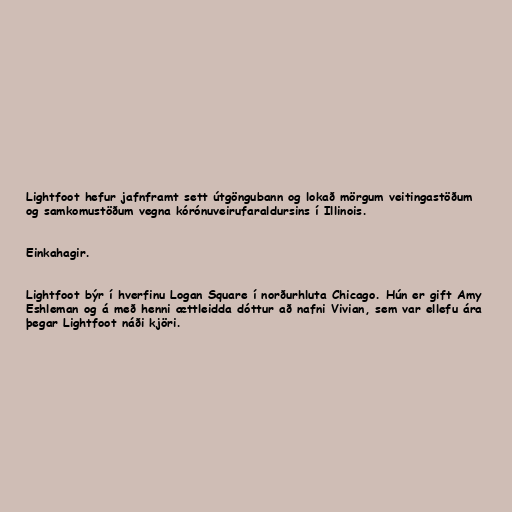
Lightfoot hefur jafnframt sett útgöngubann og lokað mörgum veitingastöðum
og samkomustöðum vegna kórónuveirufaraldursins í Illinois.

Einkahagir.

Lightfoot býr í hverfinu Logan Square í norðurhluta Chicago. Hún er gift Amy
Eshleman og á með henni ættleidda dóttur að nafni Vivian, sem var ellefu ára
þegar Lightfoot náði kjöri.